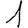
Digit: 1